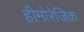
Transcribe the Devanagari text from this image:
हीमोरेजिक